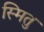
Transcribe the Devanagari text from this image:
स्मितु